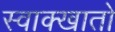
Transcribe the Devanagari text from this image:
स्वाक्खातो